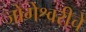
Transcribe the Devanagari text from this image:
जोगेश्वरीचे